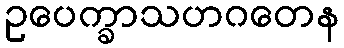
ဥပေက္ခာသဟဂတေန